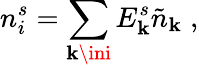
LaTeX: n_{i}^{s}=\sum_{\mathbf{k}\ini}E_{\mathbf{k}}^{s}\tilde{{n}}_{\mathbf{k}}\; ,